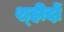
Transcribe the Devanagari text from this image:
श्हीदों